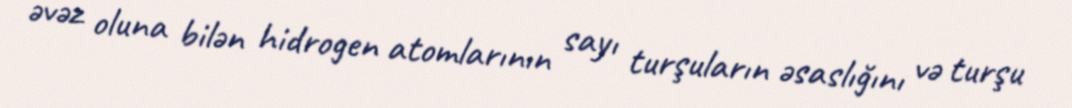
əvəz oluna bilən hidrogen atomlarının sayı turşuların əsaslığını və turşu